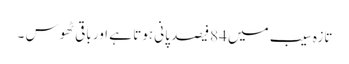
تازہ سیب میں 84فیصد پانی ہوتا ہے اور باقی ٹھوس ۔